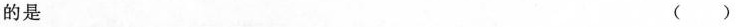
的是 （）